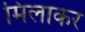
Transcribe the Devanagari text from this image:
मिलाकर